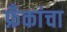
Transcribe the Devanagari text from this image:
फ्रँकांचा